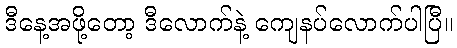
ဒီနေ့အဖို့တော့ ဒီလောက်နဲ့ ကျေနပ်လောက်ပါပြီ။